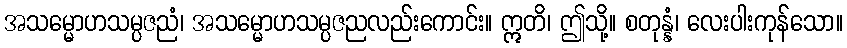
အသမ္မောဟသမ္ပဇညံ၊ အသမ္မောဟသမ္ပဇညလည်းကောင်း။ ဣတိ၊ ဤသို့။ စတုန္နံ၊ လေးပါးကုန်သော။